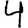
Digit: 4